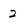
Character: 2